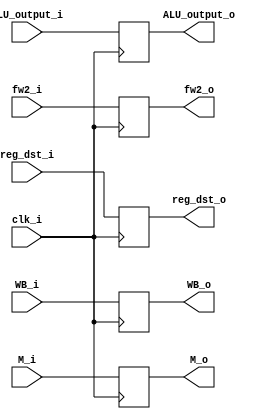
module EXMEM
(
    clk_i,
    WB_i, M_i,
    ALU_output_i,
    fw2_i,
    reg_dst_i,

    WB_o, M_o,
    ALU_output_o,
    fw2_o,
    reg_dst_o
);

input           clk_i;
input   [1:0]   WB_i, M_i;
input   [31:0]  ALU_output_i, fw2_i;
input   [4:0]   reg_dst_i;

output  [1:0]   WB_o, M_o;
output  [31:0]  ALU_output_o, fw2_o;
output  [4:0]   reg_dst_o;

reg     WB_o, M_o, ALU_output_o, fw2_o, reg_dst_o;

always @(posedge clk_i) begin
    WB_o <= WB_i;
    M_o <= M_i;
    ALU_output_o <= ALU_output_i;
    fw2_o <= fw2_i;
    reg_dst_o <= reg_dst_i;
end

endmodule